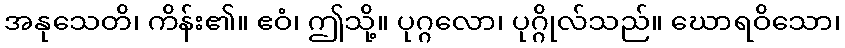
အနုသေတိ၊ ကိန်း၏။ ဧဝံ၊ ဤသို့။ ပုဂ္ဂလော၊ ပုဂ္ဂိုလ်သည်။ ဃောရဝိသော၊